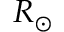
R _ { \odot }